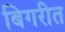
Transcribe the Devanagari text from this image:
बिगरीत